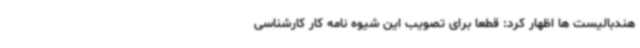
هندبالیست ها اظهار کرد: قطعا برای تصویب این شیوه نامه کار کارشناسی